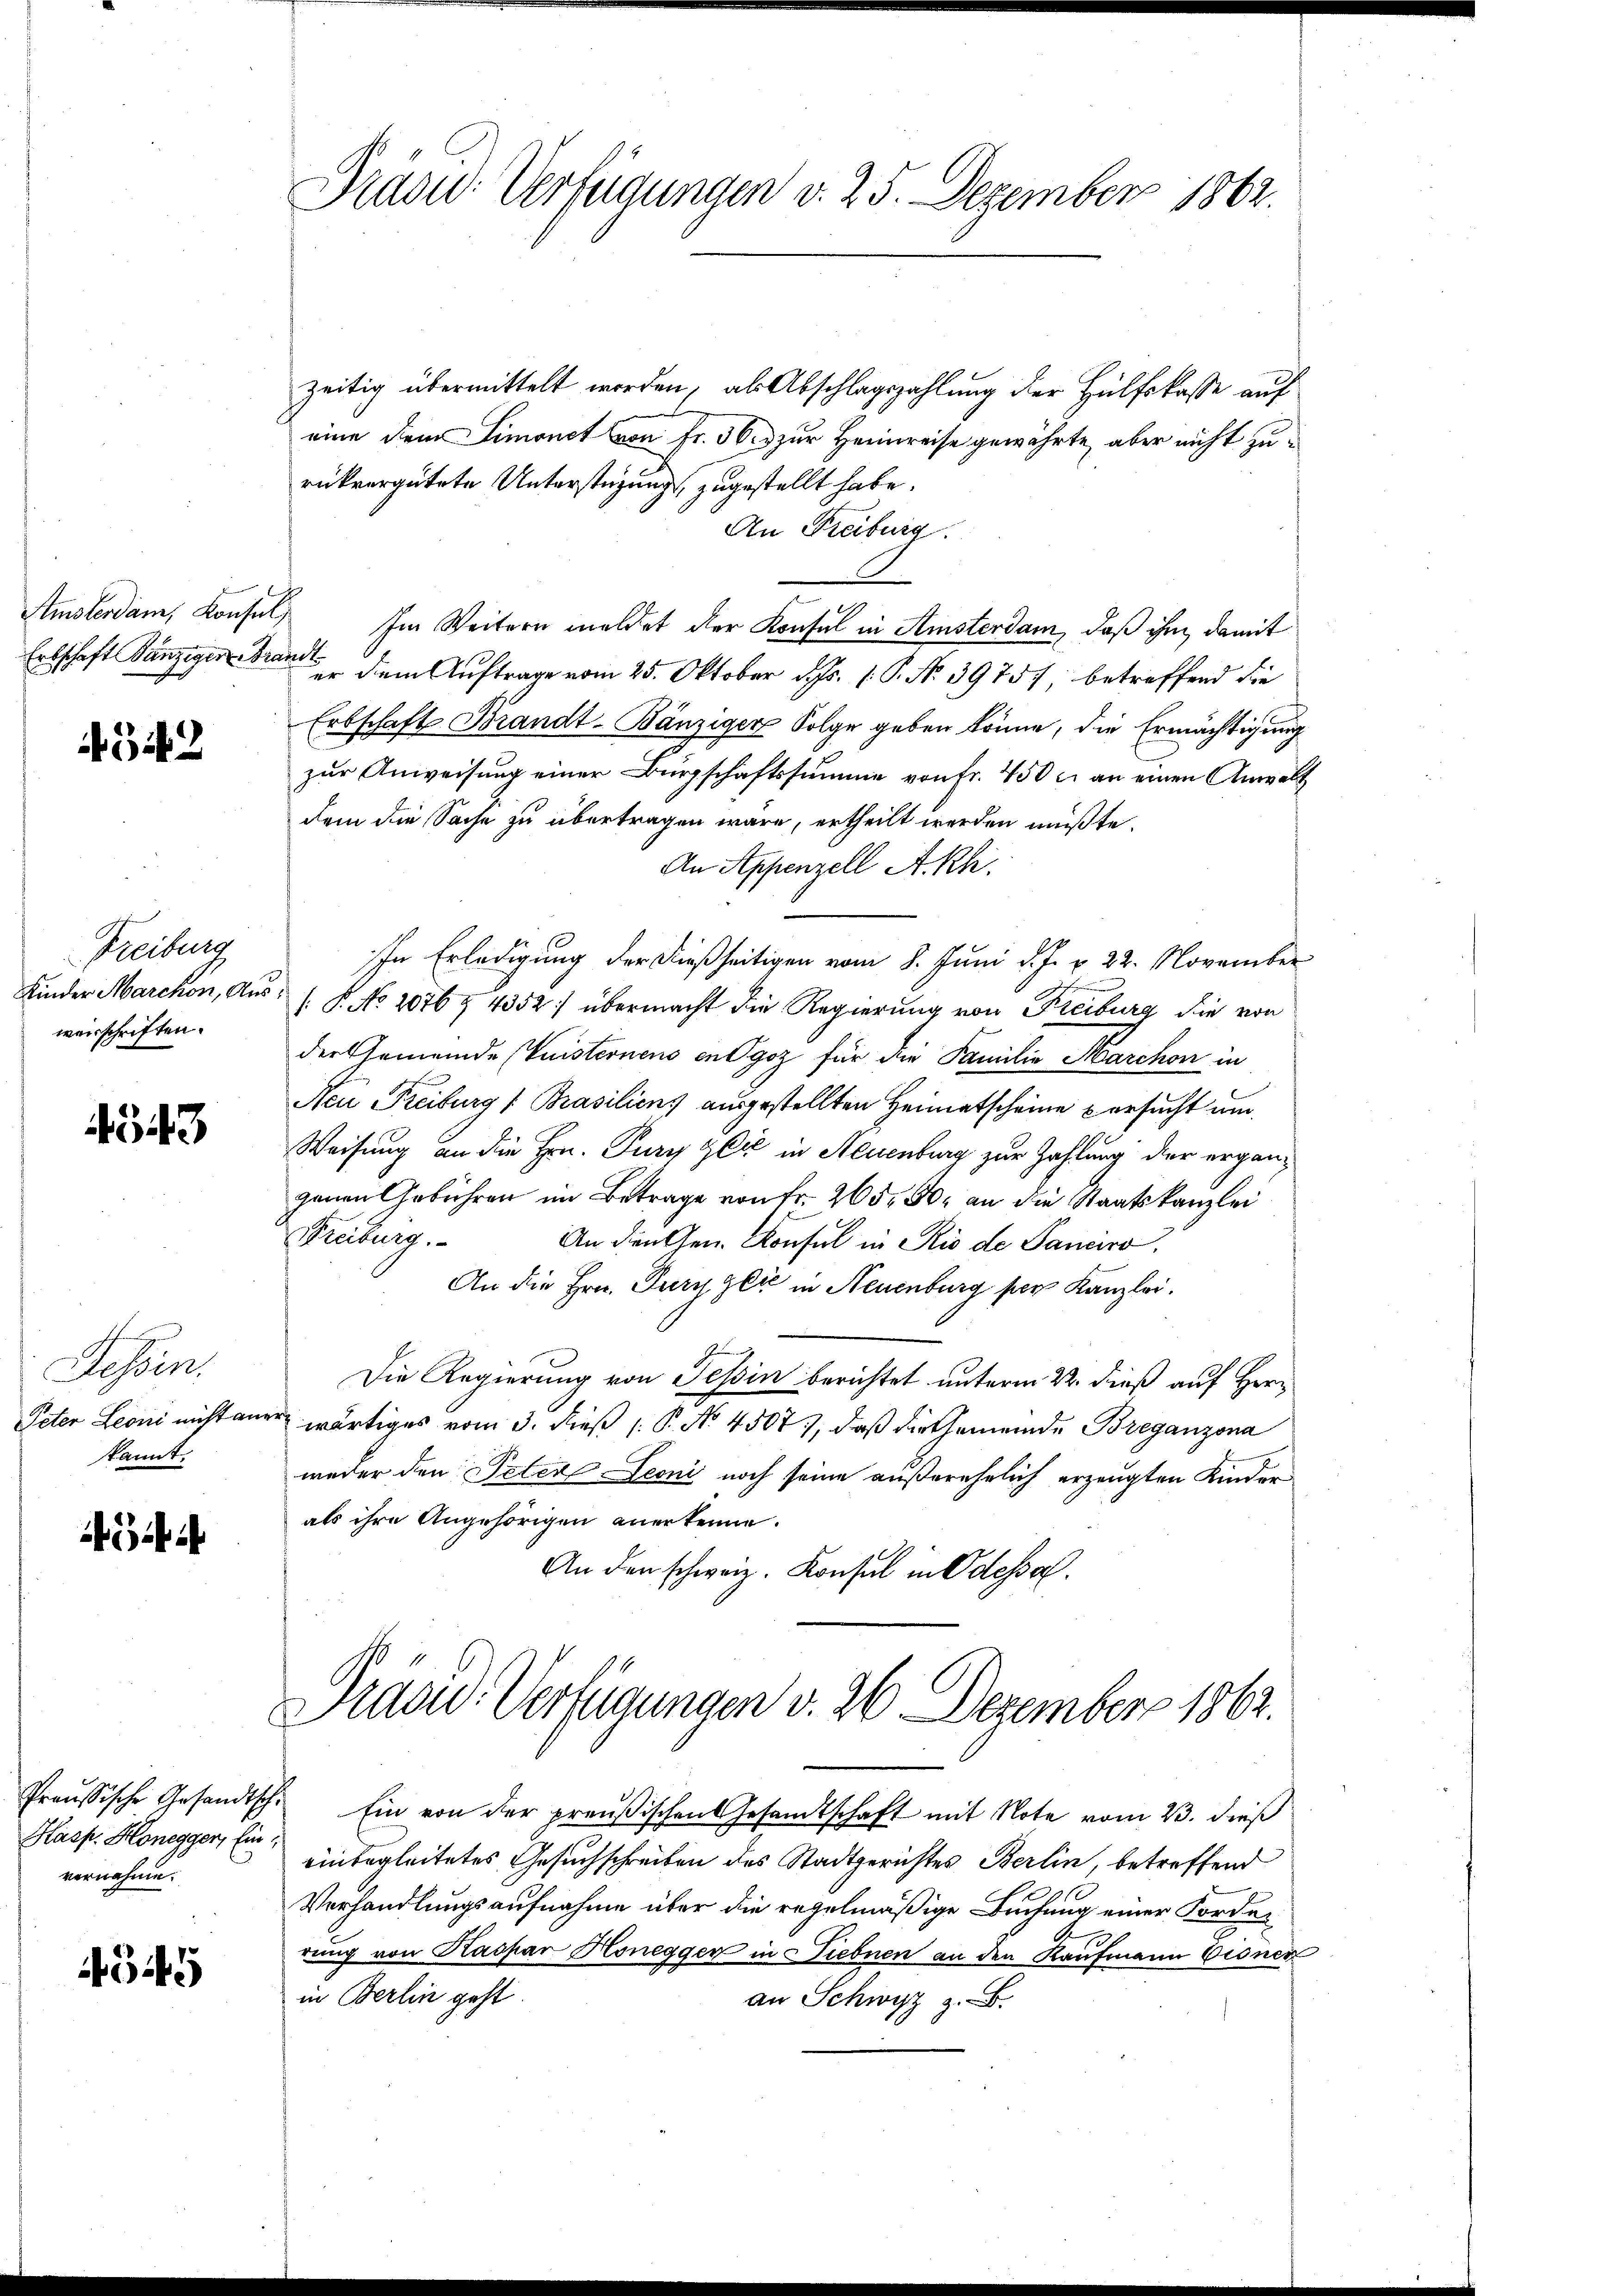
342

Freiburg
weisschriften.

4543

Fessen.
Peter Leoni nicht an
kannt.

i

Hasp. Honegger, Ein
vernahme.

4545

Prase Verfügungen d. 25. Dezember 1862.

zeitig übermittelt werden, als Abschlagszahlung der Hülfskasse auf
eine dem Limonet von Fr. 56. zur Heimreise gewährte, aber nicht zurückvergütete Unterstüzung zugestellt habe.
An Freiburg.
Amsterdam, Konsul Im Weitern meldet der Konsul in Amsterdam, daß ihm damit
Erbschaft Tanziger Brand dem Auftrage vom 25. Oktober d. Js. 1. P. No. 39757, betreffend die
Erbschaft Brandt-Bänziger Folge geben könne, die Ermächtigung
zur Anweisung einer Bürgschaftssumme von Fr. 450 u. an einen Anwalt
dem die Sache zu übertragen wäre, ertheilt werden müßte.
An Appenzell A.-Rh.
IIn Erledigung der dießseitigen vom 8. Juni d. J. v. 22. November
Kinder Marchon, Aus: (: P. No 2076 § 4352) übermacht die Regierung von Freiburg die von
der Gemeinde Quisternens endgoz für die Familie Marchon in
Nei Freiburg [Prasiliens ausgestellten Heimatscheine versucht um
Weisung an die Hrn. Pury Zeit in Neuenburg zur Zahlung der ergänganen Gebühren im Betrage von Fr. 265. 50 an die Staatskanzlei
Freiburg.
An den Gen. Konsul in Rio de Panciro
An die Hrn. Puryglić in Neuenburg per Kanzlei.
Die Regierung von Tessin berichtet unterm 22. dieß auf Hererg wärtiges vom 3. dieß (: P. No. 4507, daß die Gemeinde Breganzona
weder den Peter Leoni noch seine außerehelich erzeugten Kinder-
als ihre Angehörigen anerkenne.
An den schweiz. Konsul in Odessel.
Prasid. Verfügungen v. 26. Dezember 1862.
Proussische Gesandtsch. Ein von der preußischen Gesandtschaft mit Note vom 23. dieß
einbegleitetes Gesuchschreiben des Stadtgerichtes Berlin, betreffend
Verhandlungsaufnahme über die regelmäßige Buchung einer Forder
rung von Kaspar Honegger in Siebnen an den Kaufmann Eisner
in Berlin geht.
an Schwyz z. B.